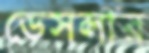
ডেসলার